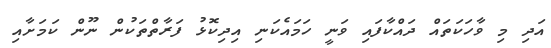
އަދި މި ވާހަކަތައް ދައްކާފައި ވަނީ ހަމައެކަނި އިދިކޮޅު ފަރާތްތަކުން ނޫން ކަމަށާއި